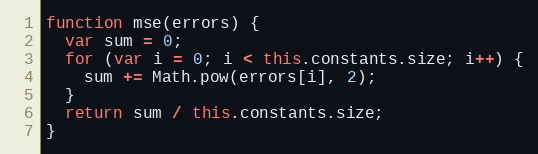
Language: JavaScript
function mse(errors) {
  var sum = 0;
  for (var i = 0; i < this.constants.size; i++) {
    sum += Math.pow(errors[i], 2);
  }
  return sum / this.constants.size;
}